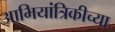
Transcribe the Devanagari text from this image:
आभियांत्रिकीच्या